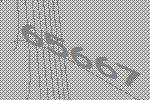
65667